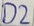
Text: D2